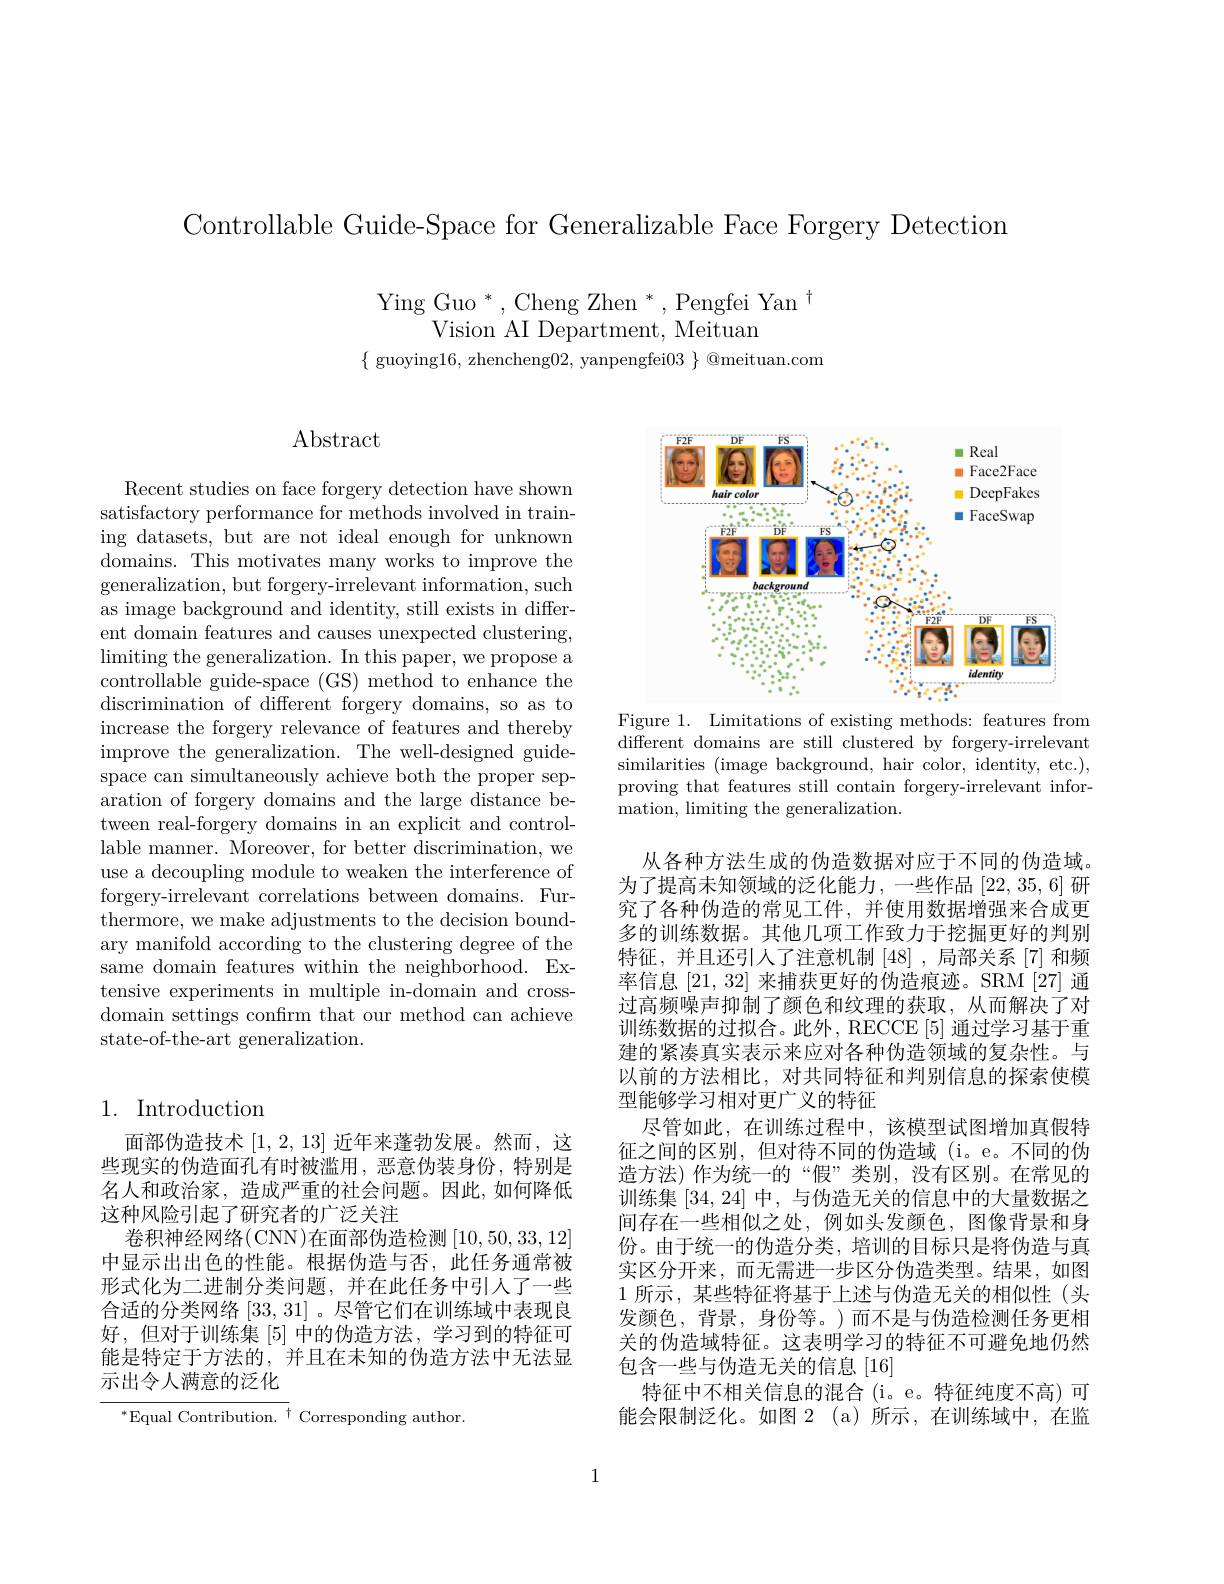
Controllable Guide-Space for Generalizable Face Forgery Detection

Ying Guo $^*,\mathrm{Cheng~Zhen~}^*,\mathrm{Pengfei~Yan~}^{\dagger}$
Vision AI Department, Meituan
$\{$ guoying16,zhencheng02, yanpengfei$03\}$ @meituan.com

## Abstract

Recent studies on face forgery detection have shown satisfactory performance for methods involved in training datasets, but are not ideal enough for unknown domains. This motivates many works to improve the generalization, but forgery-irrelevant information, such as image background and identity, still exists in different domain features and causes unexpected clustering, $\operatorname*{limiting}$ the generalization. In this paper, we propose a controllable guide-space (GS) method to enhance the discrimination of different forgery domains, so as to increase the forgery relevance of features and thereby improve the generalization. The well-designed guidespace can simultaneously achieve both the proper separation of forgery domains and the large distance between real-forgery domains in an explicit and controllable manner. Moreover, for better discrimination, we use a decoupling module to weaken the interference of forgery-irrelevant correlations between domains. Furthermore, we make adjustments to the decision boundary manifold according to the clustering degree of the same domain features within the neighborhood. Extensive experiments in multiple in-domain and crossdomain settings confirm that our method can achieve state-of-the-art generalization.

# 1. Introduction

面部伪造技术[1,2,13]近年来蓬勃发展。然而，这些现实的伪造面孔有时被滥用，恶意伪装身份，特别是名人和政治家，造成严重的社会问题。因此，如何降低这种风险引起了研究者的广泛关注
卷积神经网络(CNN)在面部伪造检测[10,50,33,12] 中显示出出色的性能。根据伪造与否，此任务通常被形式化为二进制分类问题，并在此任务中引人了一些合适的分类网络[33,31] 。尽管它们在训练域中表现良好，但对于训练集[5]中的伪造方法，学习到的特征可能是特定于方法的，并且在未知的伪造方法中无法显示出令人满意的泛化

${^{*}\text{Equal Contribution.}^{\dagger}}$ Corresponding author.

<FigureHere>
Figure 1. Limitations of existing methods: features from

different domains are still clustered by forgery-irrelevant similarities (image background, hair color, identity, etc.), proving that features still contain forgery-irrelevant information, limiting the generalization.

从各种方法生成的伪造数据对应于不同的伪造域。为了提高未知领域的泛化能力，一些作品[22,35,6]研究了各种伪造的常见工件，并使用数据增强来合成更多的训练数据。其他几项工作致力于挖掘更好的判别特征，并且还引人了注意机制[48],局部关系[7] 和频率信息[21,32]来捕获更好的伪造痕迹。SRM [27]通过高频噪声抑制了颜色和纹理的获取，从而解决了对训练数据的过拟合。此外，RECCE[5] 通过学习基于重建的紧凑真实表示来应对各种伪造领域的复杂性。与以前的方法相比，对共同特征和判别信息的探索使模型能够学习相对更广义的特征
尽管如此，在训练过程中，该模型试图增加真假特征之间的区别，但对待不同的伪造域 (i。e。不同的伪造方法)作为统一的“假”类别，没有区别。在常见的训练集[34,24]中，与伪造无关的信息中的大量数据之间存在一些相似之处，例如头发颜色，图像背景和身份。由于统一的伪造分类，培训的目标只是将伪造与真实区分开来，而无需进一步区分伪造类型。结果，如图1所示，某些特征将基于上述与伪造无关的相似性(头发颜色，背景，身份等。)而不是与伪造检测任务更相关的伪造域特征。这表明学习的特征不可避免地仍然包含一些与伪造无关的信息[16]
特征中不相关信息的混合(i。e。特征纯度不高)可能会限制泛化。如图 2(a)所示，在训练域中，在监

1